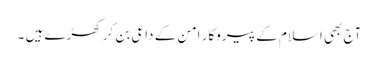
آج بھی اسلام کے پیروکار امن کے داعی بن کر کھڑے ہیں ۔